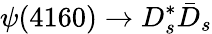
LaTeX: \psi(4160)\to D_{s}^{*}\bar{D}_{s}